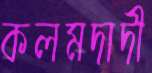
কলমদাদী